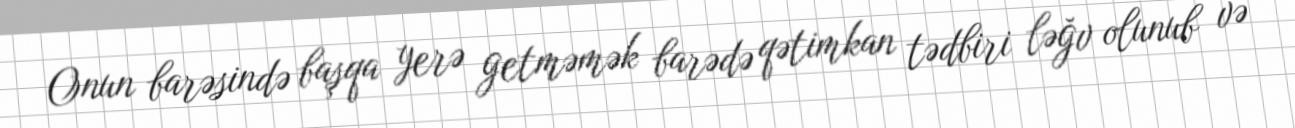
Onun barəsində başqa yerə getməmək barədə qətimkan tədbiri ləğv olunub və